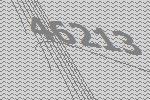
46213